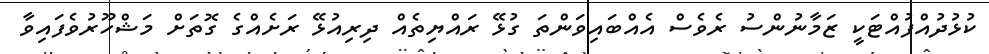
ކުޅުދުއްފުއްޓަކީ ޒަމާނުންސު ރެވެސް އެއްބައިވަންތަ ގުޅޭ ރައްޔިތެއް ދިރިއުޅޭ ރަށެއްގެ ގޮތަށް މަޝްހޫރުވެފައިވާ